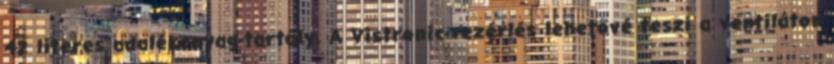
42 literes adalékanyag-tartály. A Vistronic-vezérlés lehetővé teszi a ventilátor